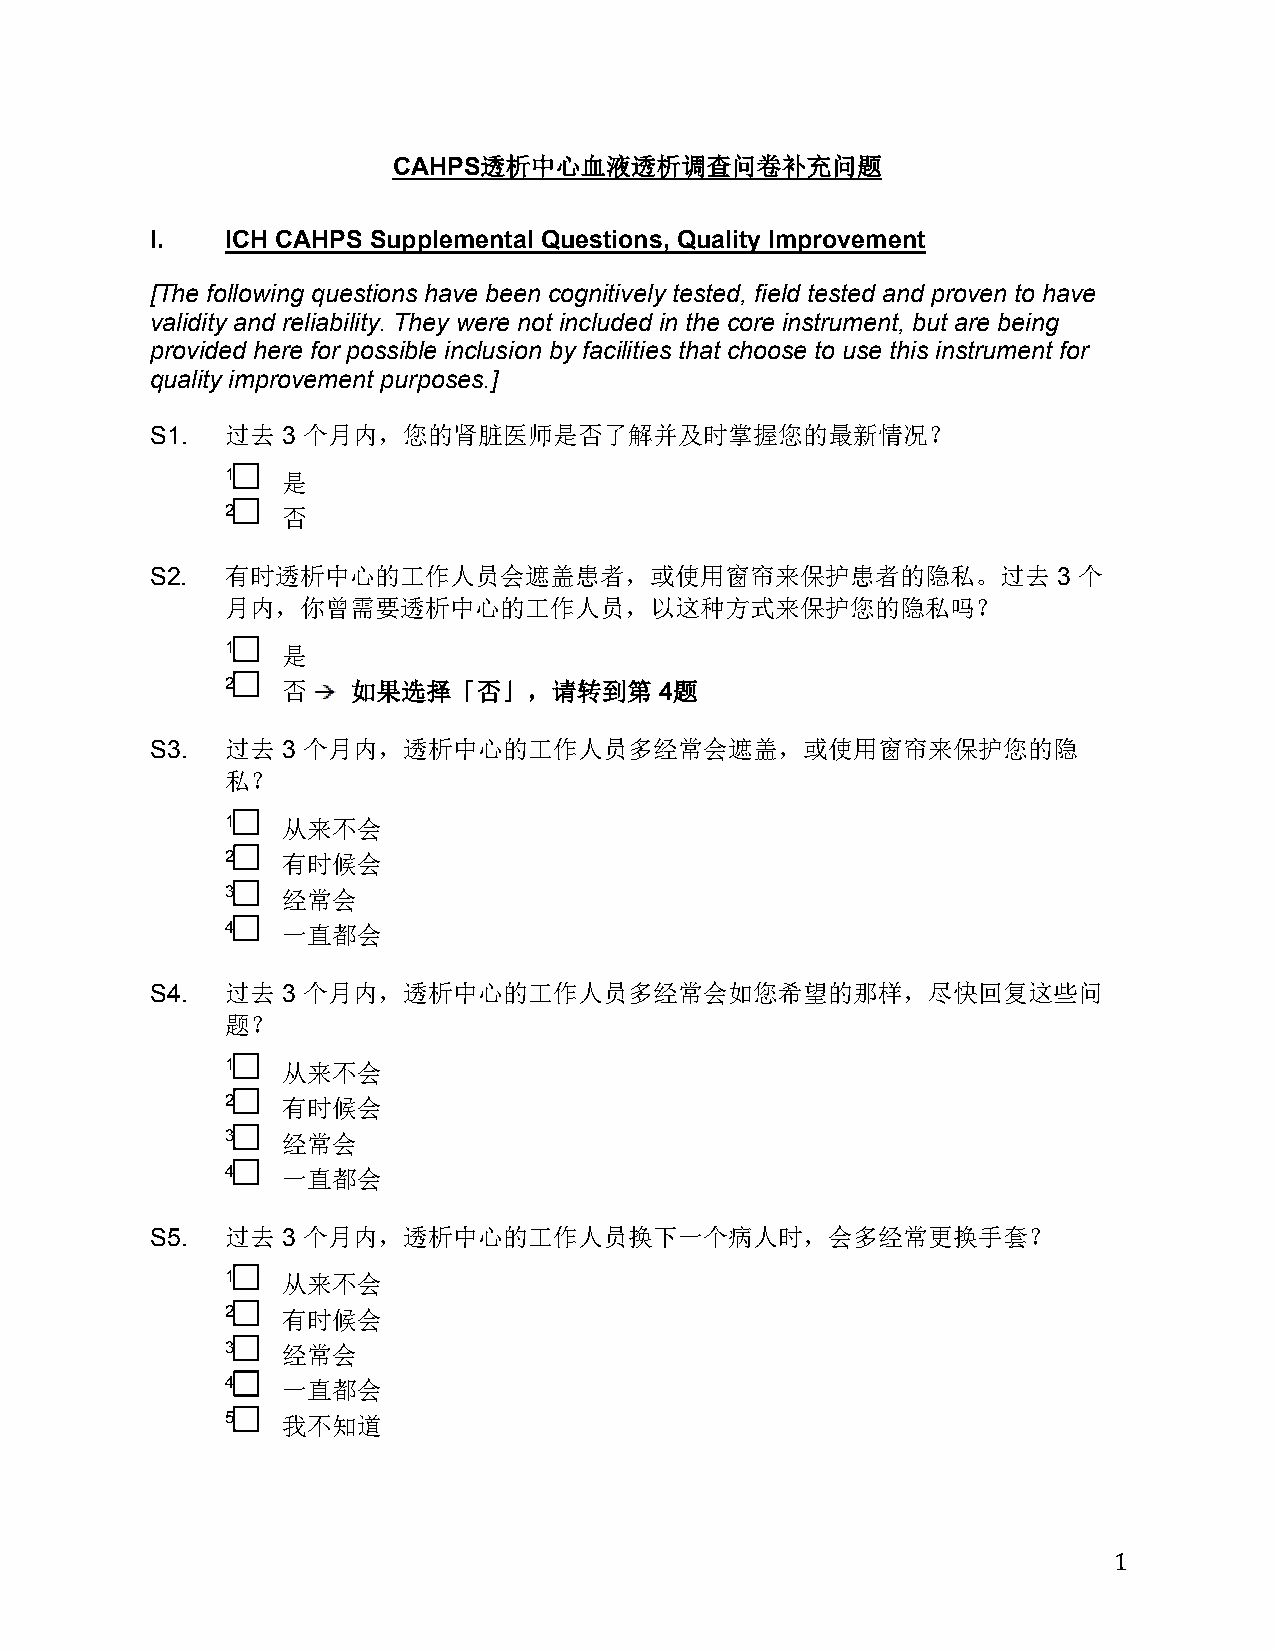
CAHPS透析中心血液透析调查问卷补充问题
 I.   ICH CAHPS Supplemental Questions, Quality Improvement
 [The following questions have been cognitively tested, field tested and proven to have
 validity and reliability. They were not included in the core instrument, but are being
 provided here for possible inclusion by facilities that choose to use this instrument for
 quality improvement purposes.]
 S1.  过去  3 个月内，您的肾脏医师是否了解并及时掌握您的最新情况？
 1   是
 2   否
 S2.  有时透析中心的工作人员会遮盖患者，或使用窗帘来保护患者的隐私。过去                      3 个
 月内，你曾需要透析中心的工作人员，以这种方式来保护您的隐私吗？
 1   是
 2   否   如果选择「否」，请转到第         4题
 S3.  过去  3 个月内，透析中心的工作人员多经常会遮盖，或使用窗帘来保护您的隐
 私？
 1   从来不会
 2   有时候会
 3   经常会
 4   一直都会
 S4.  过去  3 个月内，透析中心的工作人员多经常会如您希望的那样，尽快回复这些问
 题？
 1   从来不会
 2   有时候会
 3   经常会
 4   一直都会
 S5.  过去  3 个月内，透析中心的工作人员换下一个病人时，会多经常更换手套？
 1   从来不会
 2   有时候会
 3   经常会
 4   一直都会
 5   我不知道
 1